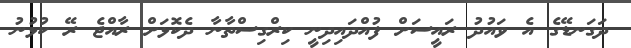
ދަގަނޑޭގެ އެ ވައުދު ރައީސަށް ފުއްދައިދިނީ ކިރްގިސްތާނާ ދެކޮޅަށް ރާއްޖެ ރޭ ކުޅުނު